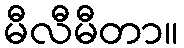
မီလီမီတာ။